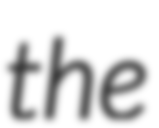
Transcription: the